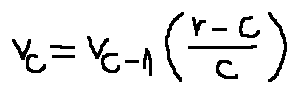
v _ { c } = v _ { c - 1 } ( \frac { r - c } { c } )